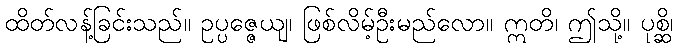
ထိတ်လန့်ခြင်းသည်။ ဥပ္ပဇ္ဇေယျ၊ ဖြစ်လိမ့်ဦးမည်လော။ ဣတိ၊ ဤသို့။ ပုစ္ဆိ၊